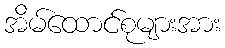
အိမ်ထောင်စုများအား